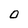
Character: O